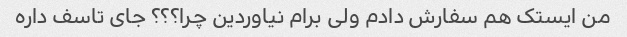
من ایستک هم سفارش دادم ولی برام نیاوردین چرا؟؟؟ جای تاسف داره